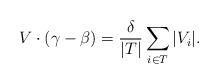
LaTeX: \begin{align*}V\cdot (\gamma-\beta) = \frac{\delta}{|T|} \sum_{i\in T} |V_i| .\end{align*}